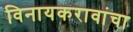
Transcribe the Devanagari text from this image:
विनायकरावांचा